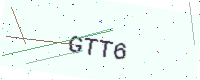
Text: GTT6